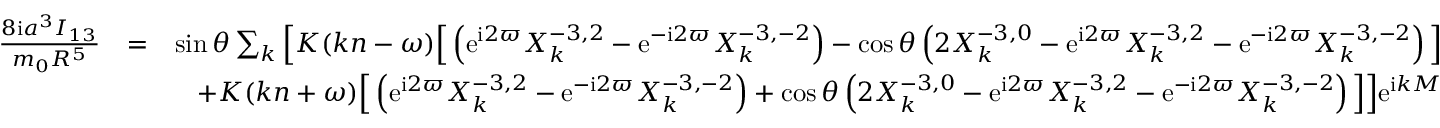
\begin{array} { r l r } { \frac { 8 \mathrm { i } a ^ { 3 } I _ { 1 3 } } { m _ { 0 } R ^ { 5 } } } & { = } & { \sin \theta \sum _ { k } \Big [ K ( k n - \omega ) \Big [ \left( \mathrm { e } ^ { \mathrm { i } 2 \varpi } X _ { k } ^ { - 3 , 2 } - \mathrm { e } ^ { - \mathrm { i } 2 \varpi } X _ { k } ^ { - 3 , - 2 } \right) - \cos \theta \left( 2 X _ { k } ^ { - 3 , 0 } - \mathrm { e } ^ { \mathrm { i } 2 \varpi } X _ { k } ^ { - 3 , 2 } - \mathrm { e } ^ { - \mathrm { i } 2 \varpi } X _ { k } ^ { - 3 , - 2 } \right) \Big ] } \\ & { } & { + K ( k n + \omega ) \Big [ \left( \mathrm { e } ^ { \mathrm { i } 2 \varpi } X _ { k } ^ { - 3 , 2 } - \mathrm { e } ^ { - \mathrm { i } 2 \varpi } X _ { k } ^ { - 3 , - 2 } \right) + \cos \theta \left( 2 X _ { k } ^ { - 3 , 0 } - \mathrm { e } ^ { \mathrm { i } 2 \varpi } X _ { k } ^ { - 3 , 2 } - \mathrm { e } ^ { - \mathrm { i } 2 \varpi } X _ { k } ^ { - 3 , - 2 } \right) \Big ] \Big ] \mathrm { e } ^ { \mathrm { i } k M } } \end{array}